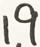
1 9